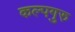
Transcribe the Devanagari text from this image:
कल्पगुरु